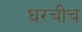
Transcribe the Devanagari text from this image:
घरचीच